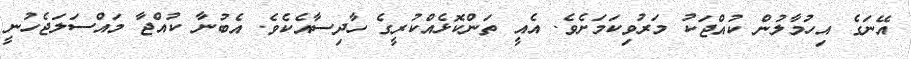
އޭނަގެ އިހުމާލުން ކުއްޖަކު މަރުވިކަމަށެވެ. އެއީ ތަންކޮޅެއްކުރީގެ ހާދިސާއެކެވެ. އެބުނާ ކުއްޖާ މައްސަލަޖެހުނީ